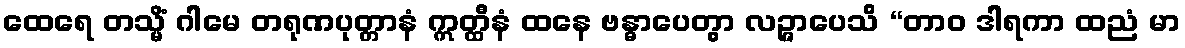
ထေရေ တသ္မိံ ဂါမေ တရုဏပုတ္တာနံ ဣတ္ထီနံ ထနေ ဗန္ဓာပေတွာ လဉ္ဇာပေသိ “တာဝ ဒါရကာ ထညံ မာ